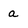
Character: a